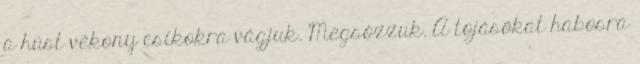
a húst vékony csíkokra vágjuk. Megsózzuk. A tojásokat habosra